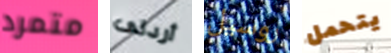
متمرد أردتى روسيل يتحمل